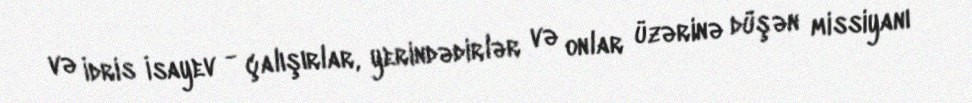
və İdris İsayev - çalışırlar, yerindədirlər və onlar üzərinə düşən missiyanı